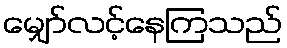
မျှော်လင့်နေကြသည်